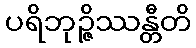
ပရိဘုဉ္ဇိဿန္တီတိ